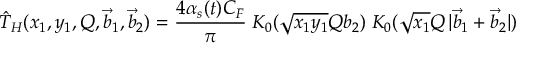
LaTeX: \hat { T } _ { H } ( x _ { 1 } , y _ { 1 } , Q , \vec { b } _ { 1 } , \vec { b } _ { 2 } ) = \frac { 4 \alpha _ { s } ( t ) C _ { F } } { \pi } \; K _ { 0 } ( \sqrt { x _ { 1 } y _ { 1 } } Q b _ { 2 } ) \; K _ { 0 } ( \sqrt { x _ { 1 } } Q \, | \vec { b } _ { 1 } + \vec { b } _ { 2 } | )